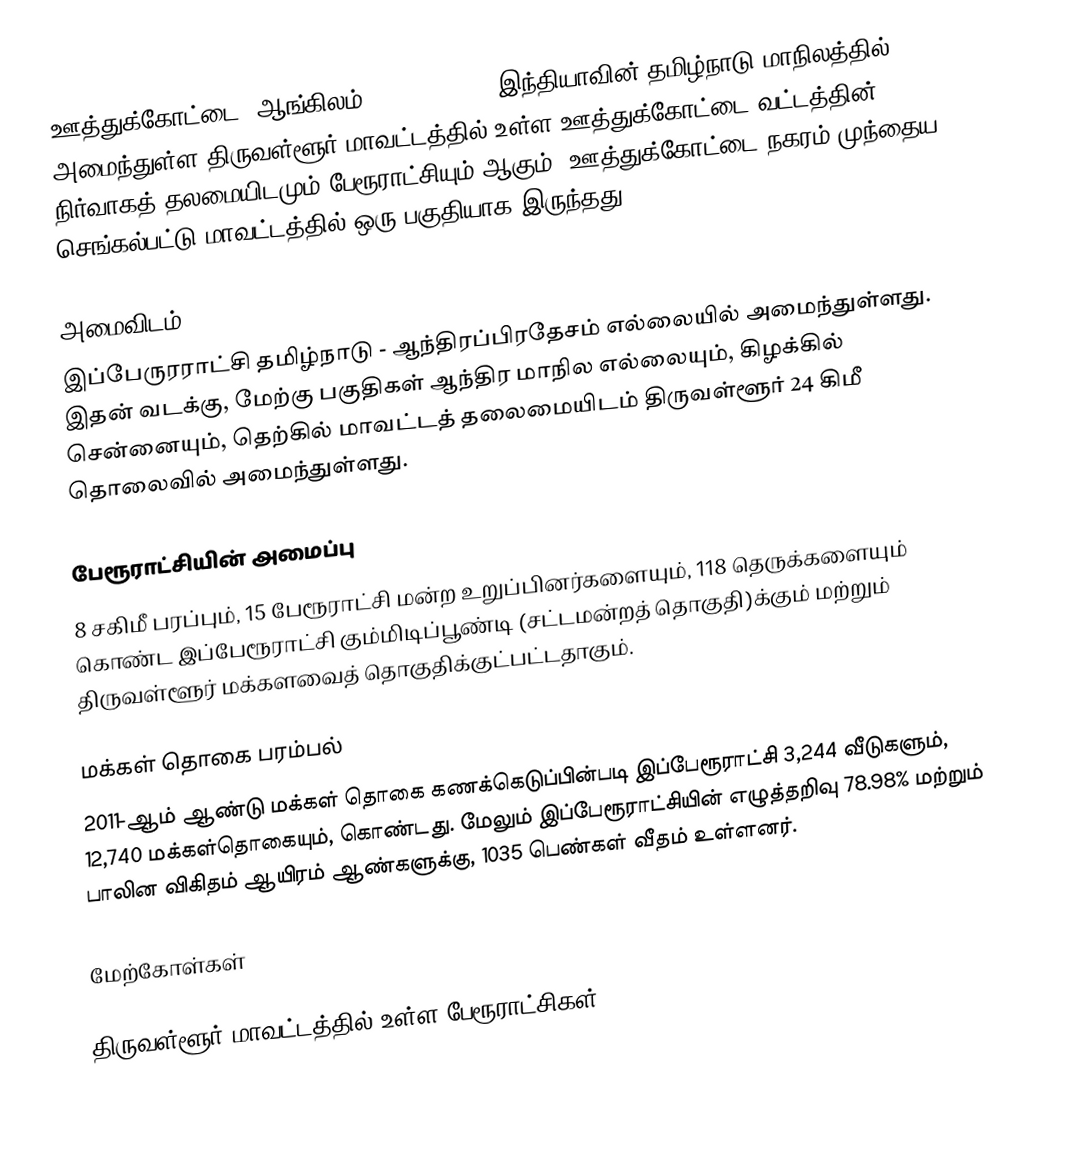
ஊத்துக்கோட்டை (ஆங்கிலம்:Uthukkottai), இந்தியாவின் தமிழ்நாடு மாநிலத்தில் அமைந்துள்ள திருவள்ளூர் மாவட்டத்தில் உள்ள ஊத்துக்கோட்டை வட்டத்தின் நிர்வாகத் தலமையிடமும் பேரூராட்சியும் ஆகும். ஊத்துக்கோட்டை நகரம் முந்தைய செங்கல்பட்டு மாவட்டத்தில் ஒரு பகுதியாக இருந்தது.

அமைவிடம்
இப்பேருரராட்சி தமிழ்நாடு - ஆந்திரப்பிரதேசம் எல்லையில் அமைந்துள்ளது. இதன் வடக்கு, மேற்கு பகுதிகள் ஆந்திர மாநில எல்லையும், கிழக்கில் சென்னையும், தெற்கில் மாவட்டத் தலைமையிடம் திருவள்ளூர் 24 கிமீ தொலைவில் அமைந்துள்ளது.

பேரூராட்சியின் அமைப்பு
8 சகிமீ பரப்பும், 15  பேரூராட்சி மன்ற உறுப்பினர்களையும், 118 தெருக்களையும்  கொண்ட இப்பேரூராட்சி கும்மிடிப்பூண்டி  (சட்டமன்றத் தொகுதி)க்கும் மற்றும் திருவள்ளூர் மக்களவைத் தொகுதிக்குட்பட்டதாகும்.

மக்கள் தொகை பரம்பல்
2011-ஆம் ஆண்டு மக்கள் தொகை கணக்கெடுப்பின்படி   இப்பேரூராட்சி   3,244   வீடுகளும், 12,740 மக்கள்தொகையும், கொண்டது. மேலும் இப்பேரூராட்சியின் எழுத்தறிவு   78.98%  மற்றும்  பாலின விகிதம்   ஆயிரம் ஆண்களுக்கு, 1035 பெண்கள் வீதம் உள்ளனர்.

மேற்கோள்கள்

திருவள்ளூர் மாவட்டத்தில் உள்ள பேரூராட்சிகள்